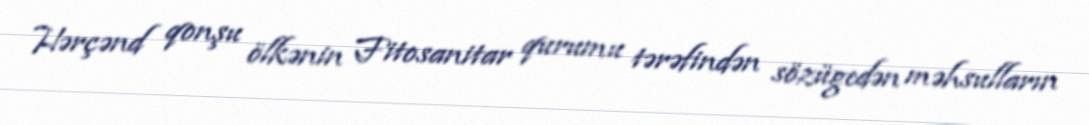
Hərçənd qonşu ölkənin Fitosanitar qurumu tərəfindən sözügedən məhsulların